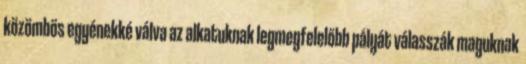
közömbös egyénekké válva az alkatuknak legmegfelelőbb pályát válasszák maguknak